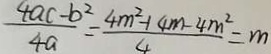
\frac { 4 a c - b ^ { 2 } } { 4 a } = \frac { 4 m ^ { 2 } - 1 4 m - 4 m ^ { 2 } } { 4 } = m